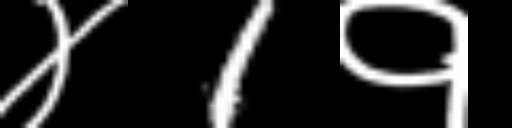
Text: ४1१